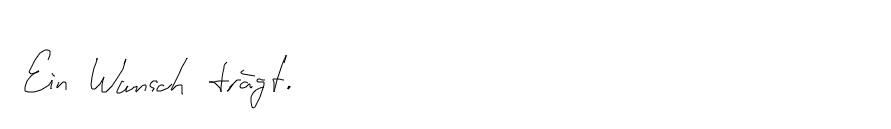
Ein Wunsch trägt.